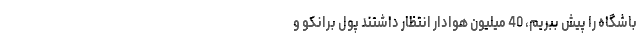
باشگاه را پیش ببریم، 40 میلیون هوادار انتظار داشتند پول برانکو و